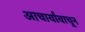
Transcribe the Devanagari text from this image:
आचार्यांवाचून